Annual report on the working of the mental hospitals in the Madras Presidency - 1912-1932
Year: 1912
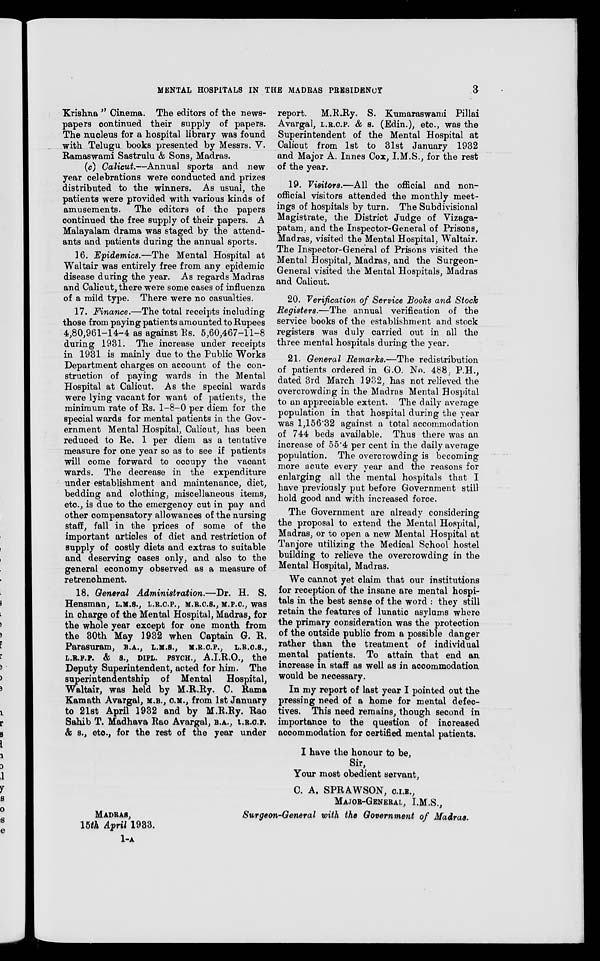
MENTAL HOSPITALS IN THE MADRAS PRESIDENCY
3
Krishna " Cinema. The editors of the news-
papers continued their supply of papers.
The nucleus for a hospital library was found
with Telugu books presented by Messrs. V.
Ramaswami Sastrulu & Sons, Madras.
(c) Calicut.—Annual sports and new
year celebrations were conducted and prizes
distributed to the winners. As usual, the
patients were provided with various kinds of
amusements. The editors of the papers
continued the free supply of their papers. A
Malayalam drama was staged by the attend-
ants and patients during the annual sports.
16. Epidemics.—The Mental Hospital at
Waltair was entirely free from any epidemic
disease during the year. As regards Madras
and Calicut, there were some cases of influenza
of a mild type. There were no casualties.
17. Finance.—The total receipts including
those from paying patients amounted to Rupees
4,80,961-14-4 as against Rs. 5,60,467-11-8
during 1931. The increase under receipts
in 1931 is mainly due to the Public Works
Department charges on account of the con-
struction of paying wards in the Mental
Hospital at Calicut. As the special wards
were lying vacant for want of patients, the
minimum rate of Rs. 1-8-0 per diem for the
special wards for mental patients in the Gov-
ernment Mental Hospital, Calicut, has been
reduced to Re. 1 per diem as a tentative
measure for one year so as to see if patients
will come forward to occupy the vacant
wards. The decrease in the expenditure
under establishment and maintenance, diet,
bedding and clothing, miscellaneous items,
etc., is due to the emergency cut in pay and
other compensatory allowances of the nursing
staff, fall in the prices of some of the
important articles of diet and restriction of
supply of costly diets and extras to suitable
and deserving cases only, and also to the
general economy observed as a measure of
retrenchment.
18. General Administration.—Dr.
H. S.
Hensman, L.M.S., L.R.C.P., M.R.C.S., M.P.C., was
in charge of the Mental Hospital, Madras, for
the whole year except for one month from
the 30th May 1932 when Captain G. R.
Parasuram, B.A., L.M.S., M.R.C.P., L.R.C.S.,
L.R.F.P. & S., DIPL. PSYCH., A.I.R.O., the
Deputy Superintendent, acted for him. The
superintendentship of Mental
Hospital,
Waltair, was held by M.R.Ry. C. Rama
Kamath Avargal, M.B., C.M., from 1st January
to 21st April 1932 and by M.R.Ry. Rao
Sahib T. Madhava Rao Avargal, B.A., L.R.C.P.
& S., etc., for the rest of the year under
report.
M.R.Ry. S. Kumaraswami Pillai
Avargal, L.R.C.P. & S. (Edin.), etc., was the
Superintendent of the Mental Hospital at
Calicut from 1st to 31st January 1932
and Major A. Innes Cox, I.M.S., for the rest
of the year.
19. Visitors.—All the official and non-
official visitors attended the monthly meet-
ings of hospitals by turn. The Subdivisional
Magistrate, the District Judge of Vizaga-
patam, and the Inspector-General of Prisons,
Madras, visited the Mental Hospital, Waltair.
The Inspector-General of Prisons visited the
Mental Hospital, Madras, and the Surgeon-
General visited the Mental Hospitals, Madras
and Calicut.
20. Verification of Service Books and Stock
Registers.—The annual verification of the
service books of the establishment and stock
registers was duly carried out in all the
three mental hospitals during the year.
21. General Remarks.—The redistribution
of patients ordered in G.O. No. 488, P.H.,
dated 3rd March 1932, has not relieved the
overcrowding in the Madras Mental Hospital
to an appreciable extent. The daily average
population in that hospital during the year
was 1,156.32 against a total accommodation
of 744 beds available. Thus there was an
increase of 55.4 per cent in the daily average
population. The overcrowding is becoming
more acute every year and the reasons for
enlarging all the mental hospitals that I
have previously put before Government still
hold good and with increased force.
The Government are already considering
the proposal to extend the Mental Hospital,
Madras, or to open a new Mental Hospital at
Tanjore utilizing the Medical School hostel
building to relieve the overcrowding in the
Mental Hospital, Madras.
We cannot yet claim that our institutions
for reception of the insane are mental hospi-
tals in the best sense of the word : they still
retain the features of lunatic asylums where
the primary consideration was the protection
of the outside public from a possible danger
rather than the treatment of individual
mental patients. To attain that end an
increase in staff as well as in accommodation
would be necessary.
In my report of last year I pointed out the
pressing need of a home for mental defec-
tives. This need remains, though second in
importance to the question of increased
accommodation for certified mental patients.
I have the honour to be,
Sir,
Your most obedient servant,
C. A. SPRAWSON, C.I.E.,
MAJOR-GENERAL, I.M.S.,
Surgeon-General with the Government of Madras.
MADRAS,
15th April 1933.
1-A